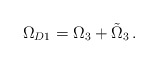
\begin{align*}\Omega_{D1} = \Omega_3 + \tilde\Omega_3\,.\end{align*}